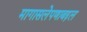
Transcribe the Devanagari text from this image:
मागासलेपणाबद्दल